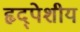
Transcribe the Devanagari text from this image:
हृद्पेशीय